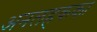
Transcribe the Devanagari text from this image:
अनलहकका